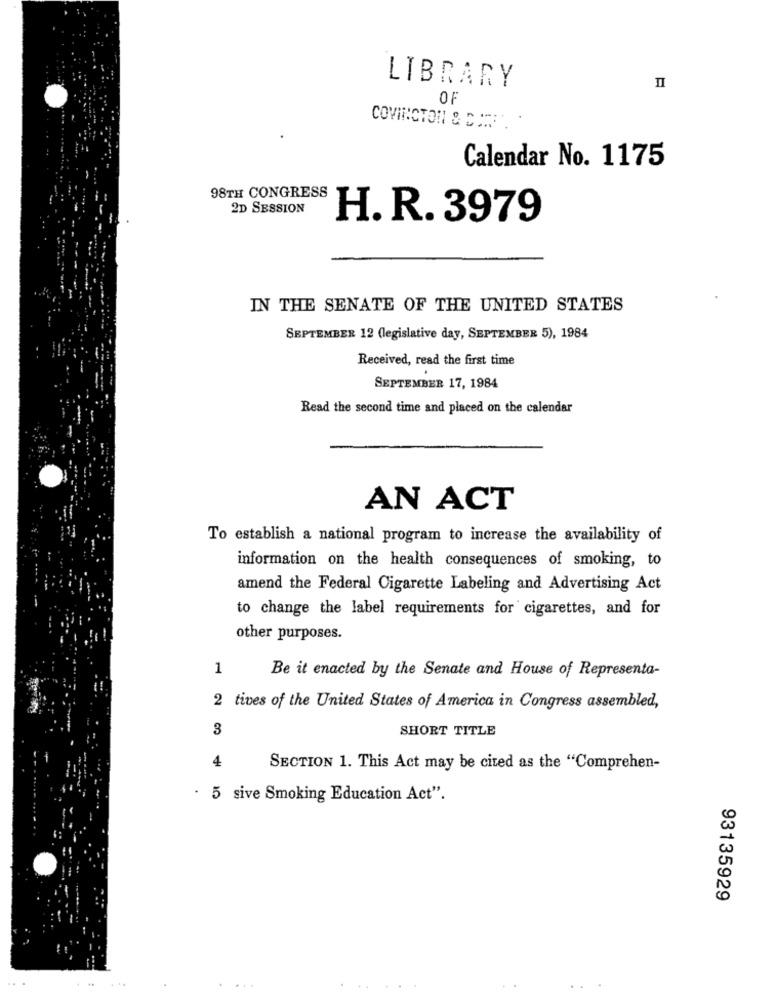
LIBRARY
OF
COVINGTON & DATE
Calendar No. 1175
98TH CONGRESS
2D SESSION
H. R. 3979
IN THE SENATE OF THE UNITED STATES
SEPTEMBER 12 (legislative day, SEPTEMBER 5), 1984
Received, read the first time
SEPTEMBER 17, 1984
Read the second time and placed on the calendar
AN ACT
To establish a national program to increase the availability of
information on the health consequences of smoking, to
amend the Federal Cigarette Labeling and Advertising Act
to change the label requirements for cigarettes, and for
other purposes.
1
Be it enacted by the Senate and House of Representa-
2 tives of the United States of America in Congress assembled,
3
SHORT TITLE
4
SECTION 1. This Act may be cited as the "Comprehen-
· 5 sive Smoking Education Act".
93135929